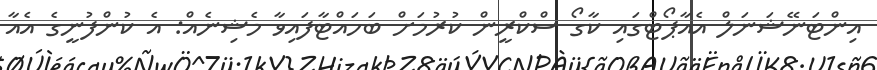
އިންޓަނޭޝަނަލް އެއާޕޯޓްގައި ކާގޯ ސްކްރީން ކުރުމަށް ބަހައްޓާފައިވާ މެޝިނެއް: އެ ކުންފުނީގެ އެއާ